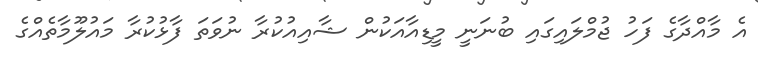
އެ މާއްދާގެ ފަހު ޖުމްލައިގައި ބުނަނީ މީޑިއާއަކުން ޝާއިއުކުރާ ނުވަތަ ފާޅުކުރާ މައުލޫމާތެއްގެ